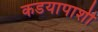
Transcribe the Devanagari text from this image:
कडयापाशी